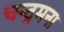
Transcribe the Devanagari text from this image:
चन्द्रमना